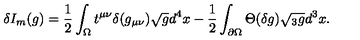
\delta I _ { m } ( g ) = { \frac { 1 } { 2 } } \int _ { \Omega } t ^ { \mu \nu } \delta ( g _ { \mu \nu } ) \sqrt { g } d ^ { 4 } x - { \frac { 1 } { 2 } } \int _ { \partial \Omega } \Theta ( \delta g ) \sqrt { { } _ { 3 } g } d ^ { 3 } x .